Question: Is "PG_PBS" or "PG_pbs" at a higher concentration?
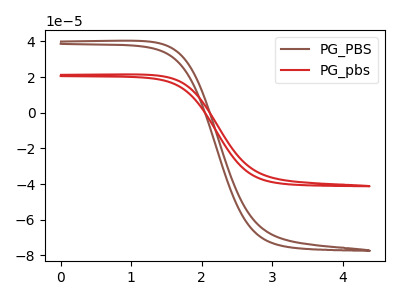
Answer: <think>The brown curve "PG_PBS" has no peaks. The red curve "PG_pbs" has no peaks.
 Neither "PG_PBS" or "PG_pbs" have any peaks.</think>
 <answer>I cant tell if "PG_PBS" or "PG_pbs" has higher concentration.</answer>
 <eval>mixed_concentration</eval>